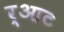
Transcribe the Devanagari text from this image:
र्आट